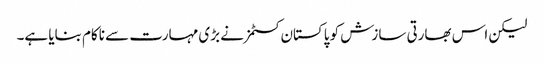
لیکن اس بھارتی سازش کو پاکستان کسٹمز نے بڑی مہارت سے ناکام بنایا ہے۔